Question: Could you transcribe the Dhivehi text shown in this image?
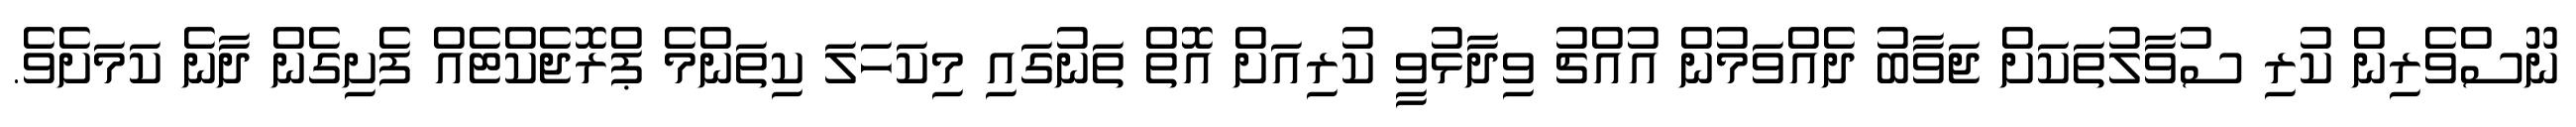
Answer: ނޫސްވެރިން ކުރި ސުވާލުތަކަށް ޖަވާބު ދެއްވަމުން އުއްޗު ވިދާޅުވީ ކުރިއަށް އޮތް ތަނުގައި މިކަހަލަ ކިތަންމެ ޕްރޮޖެކްޓެއް ފެށިގެން ދާނެ ކަމަށެވެ.